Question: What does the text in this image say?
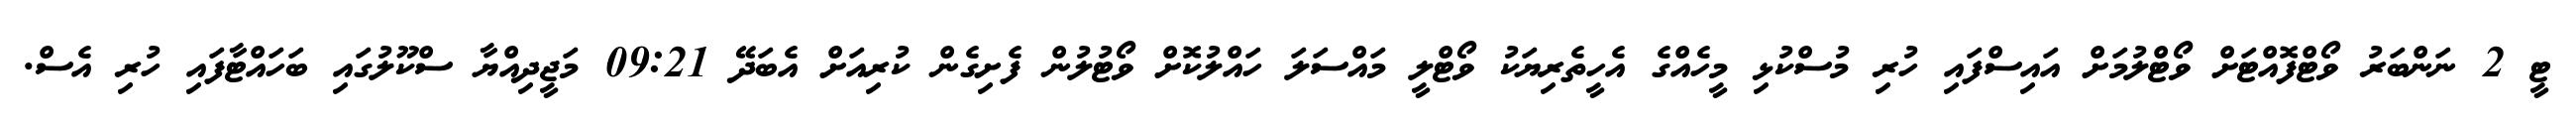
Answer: ޓީ 2 ނަންބަރު ވޯޓްފޮއްޓަށް ވޯޓްލުމަށް އައިސްފައި ހުރި މުސްކުޅި މީހެއްގެ އެހީތެރިޔަކު ވޯޓްލީ މައްސަލަ ހައްލުކޮށް ވޯޓުލުން ފެށިގެން ކުރިއަށް އެބަދޭ 09:21 މަޖީދިއްޔާ ސްކޫލުގައި ބަހައްޓާފައި ހުރި އެސް.